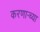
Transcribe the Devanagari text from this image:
करणार्‍च्या